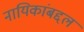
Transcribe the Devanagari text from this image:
नायिकांबद्दल